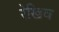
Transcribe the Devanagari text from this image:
रेखिव